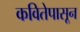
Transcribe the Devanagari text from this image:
कवितेपासून